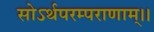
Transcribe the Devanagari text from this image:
सोऽर्थपरम्पराणाम्।।